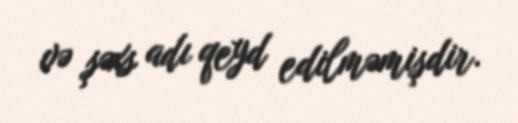
və şəxs adı qeyd edilməmişdir.